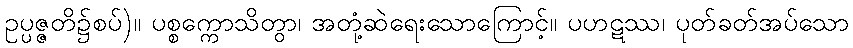
ဥပ္ပဇ္ဇတိ၌စပ်)။ ပစ္စက္ကောသိတွာ၊ အတုံ့ဆဲရေးသောကြောင့်။ ပဟဋဿ၊ ပုတ်ခတ်အပ်သော